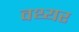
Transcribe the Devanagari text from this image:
वथ्यर